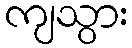
ကျသွား